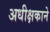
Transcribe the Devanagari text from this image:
अधीक्षकाने